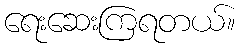
ရေးဆေးကြရတယ်။